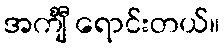
အင်္ကျီ ရောင်းတယ်။